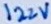
Text: 122V